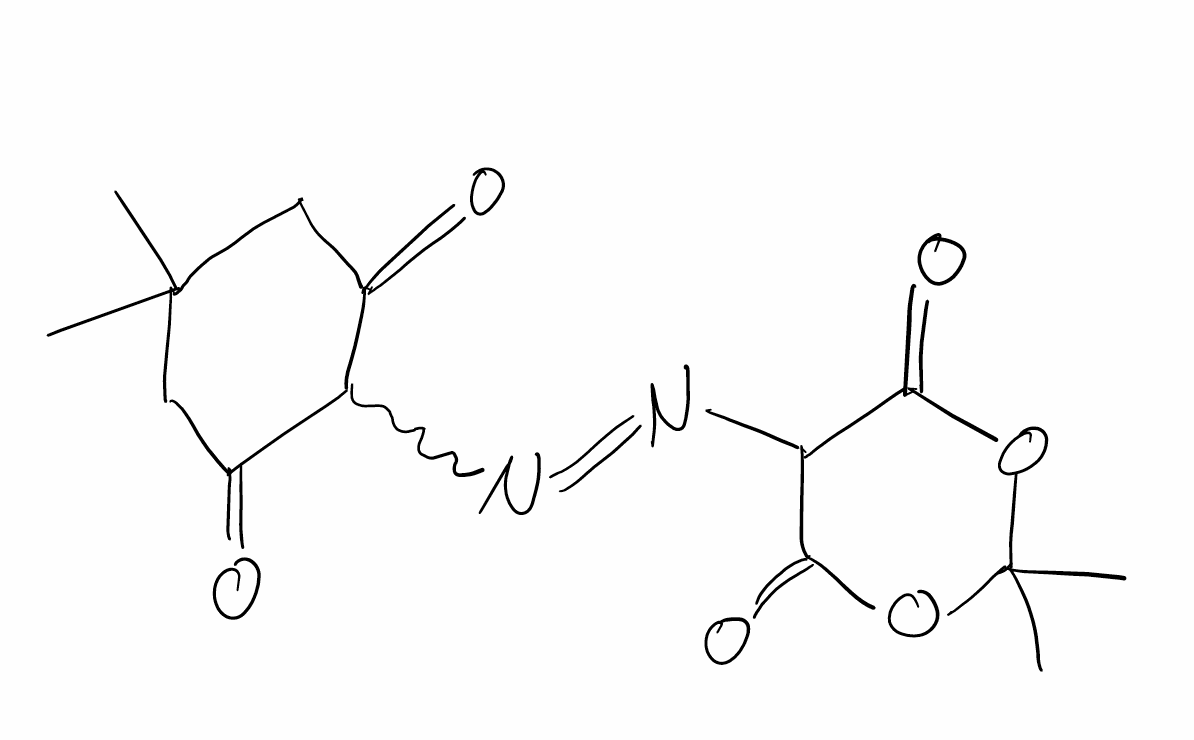
Simplified molecular-input line-entry system (SMILES) notation of the given molecule:
CC1(CC(=O)C(C(=O)C1)N=NC2C(=O)OC(OC2=O)(C)C)C